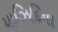
યાઝિદિના